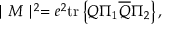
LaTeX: \mid M \mid ^ { 2 } = e ^ { 2 } \mathrm { t r } \left\{ Q \Pi _ { 1 } \overline { { { Q } } } \Pi _ { 2 } \right\} ,